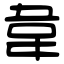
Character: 韋